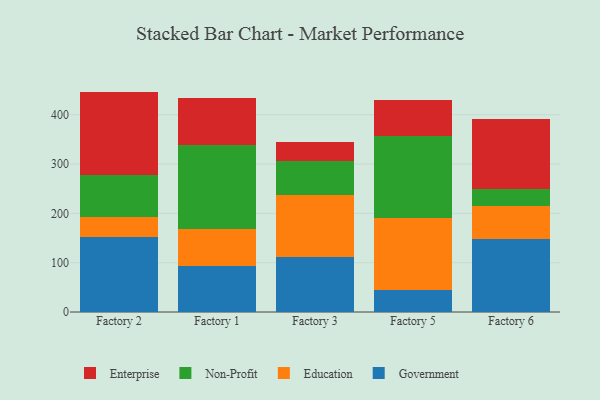
{"axis": {"x": "Factory", "y": "Inventory Turnover"}, "legend": ["Education", "Enterprise", "Government", "Non-Profit"], "data": [{"x": "Factory 2", "y": 151.9, "type": "Government"}, {"x": "Factory 2", "y": 41.7, "type": "Education"}, {"x": "Factory 2", "y": 83.7, "type": "Non-Profit"}, {"x": "Factory 2", "y": 169.7, "type": "Enterprise"}, {"x": "Factory 1", "y": 93.1, "type": "Government"}, {"x": "Factory 1", "y": 76.1, "type": "Education"}, {"x": "Factory 1", "y": 168.8, "type": "Non-Profit"}, {"x": "Factory 1", "y": 95.7, "type": "Enterprise"}, {"x": "Factory 3", "y": 111.4, "type": "Government"}, {"x": "Factory 3", "y": 125.5, "type": "Education"}, {"x": "Factory 3", "y": 69.0, "type": "Non-Profit"}, {"x": "Factory 3", "y": 39.4, "type": "Enterprise"}, {"x": "Factory 5", "y": 44.8, "type": "Government"}, {"x": "Factory 5", "y": 145.4, "type": "Education"}, {"x": "Factory 5", "y": 166.7, "type": "Non-Profit"}, {"x": "Factory 5", "y": 72.1, "type": "Enterprise"}, {"x": "Factory 6", "y": 148.5, "type": "Government"}, {"x": "Factory 6", "y": 66.2, "type": "Education"}, {"x": "Factory 6", "y": 35.3, "type": "Non-Profit"}, {"x": "Factory 6", "y": 141.9, "type": "Enterprise"}]}